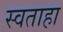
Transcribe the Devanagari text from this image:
स्वताहा